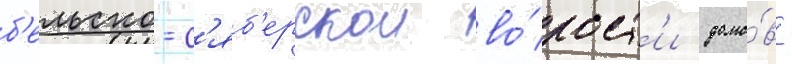
б'ельско-с'яб'ерскои во́лост'и домо́в -